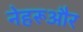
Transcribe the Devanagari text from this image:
नेहरूऔर